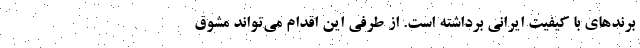
برند‌های با کیفیت ایرانی برداشته است. از طرفی این اقدام می‌تواند مشوق